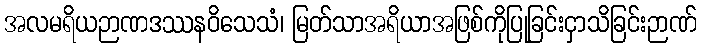
အလမရိယဉာဏဒဿနဝိသေသံ၊ မြတ်သာအရိယာအဖြစ်ကိုပြုခြင်းငှာသိခြင်းဉာဏ်